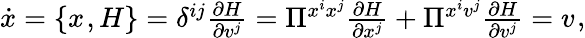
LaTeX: \begin{array}{r}{\dot{x}=\{ x^{},H\} =\delta^{ij}\frac{\partial H}{\partial v^{j}}=\Pi^{x^{i}x^{j}}\frac{\partial H}{\partial x^{j}}+\Pi^{x^{i}v^{j}}\frac{\partial H}{\partial v^{j}}=v^{}}\end{array},